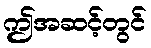
ဤအဆင့်တွင်